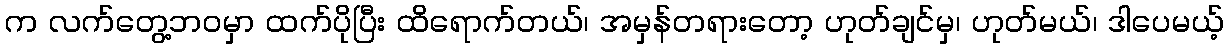
က လက်တွေ့ဘဝမှာ ထက်ပိုပြီး ထိရောက်တယ်၊ အမှန်တရားတော့ ဟုတ်ချင်မှ၊ ဟုတ်မယ်၊ ဒါပေမယ့်